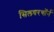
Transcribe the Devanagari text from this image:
सिलवरथॉर्न